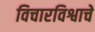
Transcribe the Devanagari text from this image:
विचारविश्वाचे